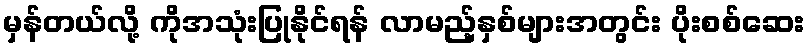
မှန်တယ်လို့ ကိုအသုံးပြုနိုင်ရန် လာမည့်နှစ်များအတွင်း ပိုးစစ်ဆေး